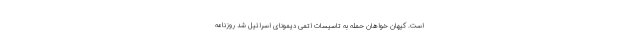
است. کیهان خواهان حمله به تاسیسات اتمی دیمونای اسرائیل شد روزنامه